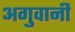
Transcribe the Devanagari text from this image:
अगुवानी